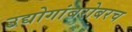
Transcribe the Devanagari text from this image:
उद्योगांबरोबरच